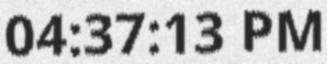
04:37:13 PM